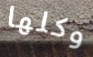
وكلها